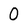
Character: 0